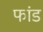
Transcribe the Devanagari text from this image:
फांड